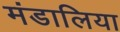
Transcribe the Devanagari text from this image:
मंडालिया